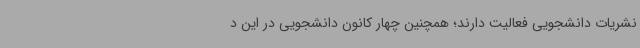
نشریات دانشجویی فعالیت دارند؛ همچنین چهار کانون دانشجویی در این د